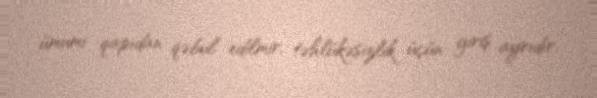
ümumi qapıdan qəbul edilmir, təhlükəsizlik üçün giriş ayrıdır.